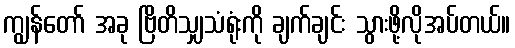
ကျွန်တော် အခု ဗြိတိသျှသံရုံးကို ချက်ချင်း သွားဖို့လိုအပ်တယ်။